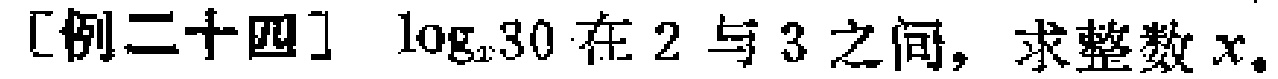
[例二十四] $\log_{x}30$ 在 $2$ 与 $3$ 之间，求整数 $x$。